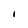
Character: I